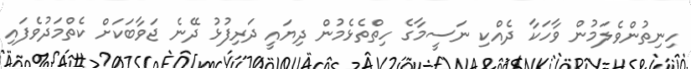
ހިނިތުންވެލަމުން ވާހަކާ ދެއްކި ނަސީމާގެ ހިތްތެޅެމުން ދިޔައީ ދަރިފުޅު ދޭނެ ޖަވާބަކަށް ކެތްމަދުވެފައި